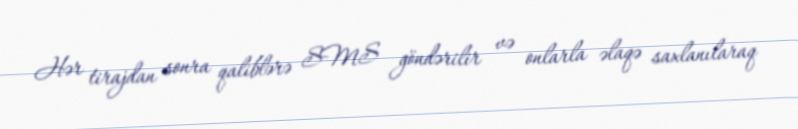
Hər tirajdan sonra qaliblərə SMS göndərilir və onlarla əlaqə saxlanılaraq